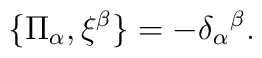
\{\Pi_{\alpha },\xi ^{\beta}\}=-\delta_{\alpha }\hspace{0.1 mm}^{\beta }.